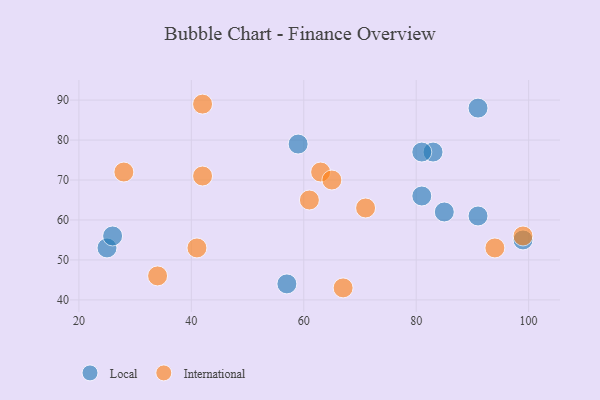
{"axis": {"x": "GDP", "y": "Life Expectancy"}, "legend": ["International", "Local"], "data": [{"x": "91", "y": 88, "type": "Local"}, {"x": "83", "y": 77, "type": "Local"}, {"x": "25", "y": 53, "type": "Local"}, {"x": "99", "y": 55, "type": "Local"}, {"x": "91", "y": 61, "type": "Local"}, {"x": "81", "y": 77, "type": "Local"}, {"x": "57", "y": 44, "type": "Local"}, {"x": "59", "y": 79, "type": "Local"}, {"x": "26", "y": 56, "type": "Local"}, {"x": "81", "y": 66, "type": "Local"}, {"x": "85", "y": 62, "type": "Local"}, {"x": "61", "y": 65, "type": "International"}, {"x": "34", "y": 46, "type": "International"}, {"x": "99", "y": 56, "type": "International"}, {"x": "71", "y": 63, "type": "International"}, {"x": "42", "y": 89, "type": "International"}, {"x": "41", "y": 53, "type": "International"}, {"x": "28", "y": 72, "type": "International"}, {"x": "67", "y": 43, "type": "International"}, {"x": "42", "y": 71, "type": "International"}, {"x": "63", "y": 72, "type": "International"}, {"x": "65", "y": 70, "type": "International"}, {"x": "94", "y": 53, "type": "International"}]}